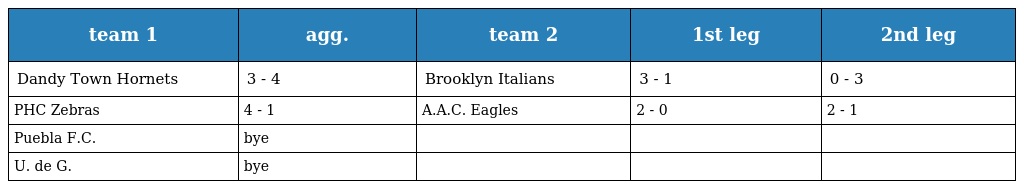
| team 1 | agg. | team 2 | 1st leg | 2nd leg |
 | --- | --- | --- | --- | --- |
 | Dandy Town Hornets | 3 - 4 | Brooklyn Italians | 3 - 1 | 0 - 3 |
 | PHC Zebras | 4 - 1 | A.A.C. Eagles | 2 - 0 | 2 - 1 |
 | Puebla F.C. | bye |  |  |  |
 | U. de G. | bye |  |  |  |